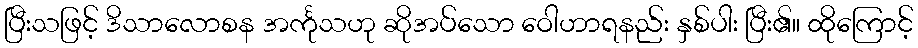
ပြီးသဖြင့် ဒိသာလောစန အင်္ကုသဟု ဆိုအပ်သော ဝေါဟာရနည်း နှစ်ပါး ပြီး၏။ ထိုကြောင့်